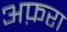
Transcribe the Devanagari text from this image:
अफ़रा